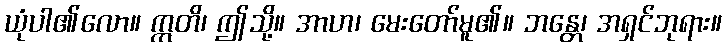
ယုံပါ၏လော။ ဣတိ၊ ဤသို့။ အာဟ၊ မေးတော်မူ၏။ ဘန္တေ၊ အရှင်ဘုရား။